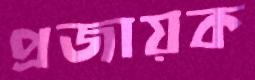
প্রজায়ক